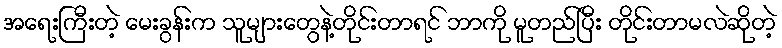
အရေးကြီးတဲ့ မေးခွန်းက သူများတွေနဲ့တိုင်းတာရင် ဘာကို မူတည်ပြီး တိုင်းတာမလဲဆိုတဲ့